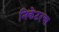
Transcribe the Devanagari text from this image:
निकेटरचा